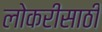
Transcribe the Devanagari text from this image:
लोकरीसाठी